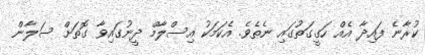
ކުރާނެ ފައިދާ އެއް ހަގީގަތުގައި ނެތެވެ. އެކަމަކު އިސްލާމް ދީނުގައިވާ ގޮތަށް ސަލާން